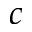
c